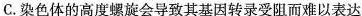
C.染色体的高度螺旋会导致其基因转录受阻而难以表达